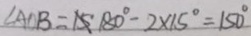
\angle A O B = 1 5 ^ { \prime } 1 8 0 ^ { \circ } - 2 \times 1 5 ^ { \circ } = 1 5 0 ^ { \circ }